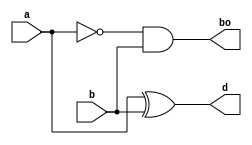
module hs(
    input a,b,
    output d,bo
    );
assign d=a^b;
assign bo=~a&b;

endmodule